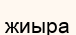
жиыра